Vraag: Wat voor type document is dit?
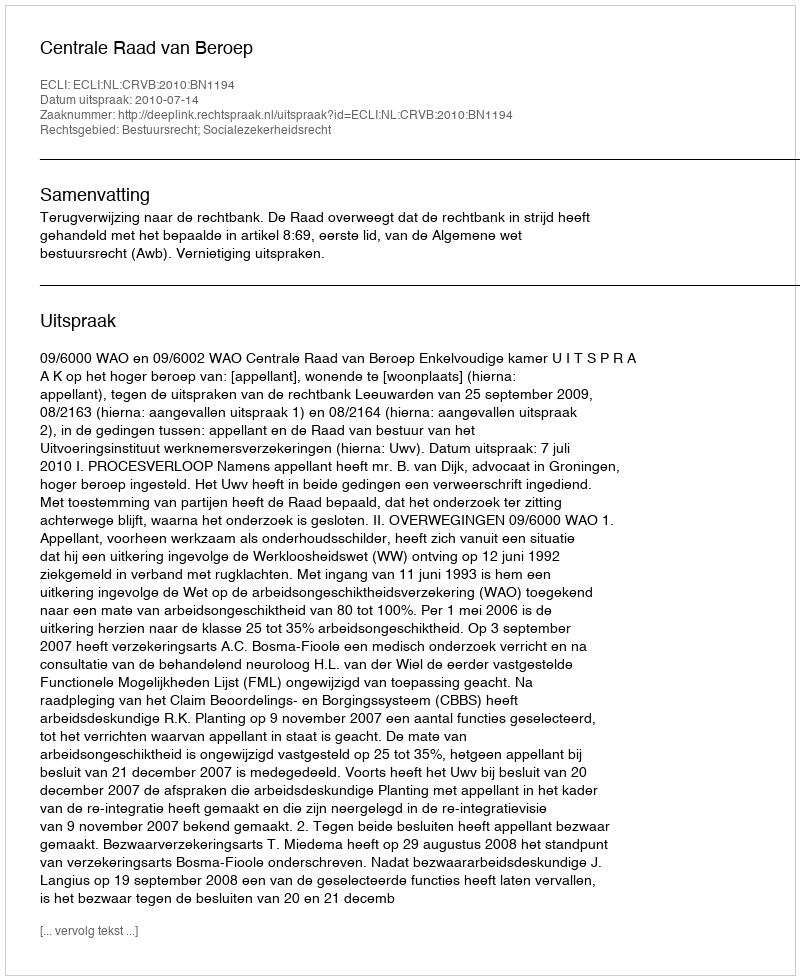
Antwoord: Uitspraak